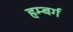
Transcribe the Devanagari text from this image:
हम्बर्ग